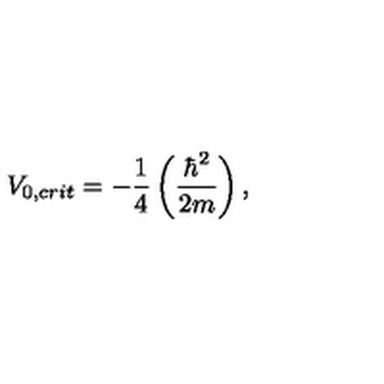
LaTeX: V _ { 0 , c r i t } = - \frac { 1 } { 4 } \left( \frac { \hbar ^ { 2 } } { 2 m } \right) ,